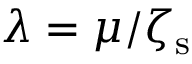
\lambda = \mu / \zeta _ { \mathrm { s } }